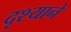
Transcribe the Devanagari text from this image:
दृश्याने